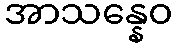
အာသန္နေဝ